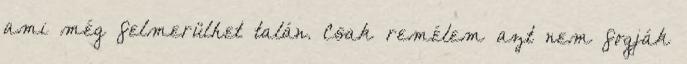
ami még felmerülhet talán. Csak remélem azt nem fogják